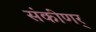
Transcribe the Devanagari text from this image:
संकीणर्